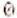
0